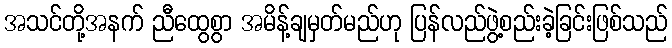
အသင်တို့အနက် ညီထွေစွာ အမိန့်ချမှတ်မည်ဟု ပြန်လည်ဖွဲ့စည်းခဲ့ခြင်းဖြစ်သည်